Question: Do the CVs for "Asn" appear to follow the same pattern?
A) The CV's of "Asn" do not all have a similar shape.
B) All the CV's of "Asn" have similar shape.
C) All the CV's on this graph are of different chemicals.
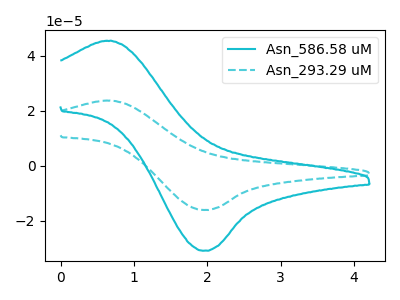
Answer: <think>The cyan curve "Asn_586.58 uM" has an anodic peak at (0.70V, 45.45uA) and a cathodic peak at (1.95V, -30.95uA). The cyan dashed curve "Asn_293.29 uM" has an anodic peak at (0.70V, 23.70uA) and a cathodic peak at (1.95V, -16.15uA).
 All the peaks in "Asn_586.58 uM" have a peak in "Asn_293.29 uM" at the same potential. Every peak in "Asn_586.58 uM" is higher than every peak in "Asn_293.29 uM".</think>
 <answer>B) All the CV's of "Asn" have similar shape.</answer>
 <eval>B</eval>